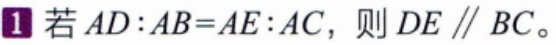
若 \(AD:AB = AE:AC\)，则 \(DE\parallel BC\)。